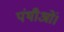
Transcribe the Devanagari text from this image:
पंथीओं।